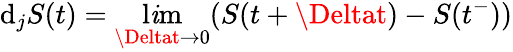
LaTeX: \mathrm{d}_{j}S(t)=\operatorname*{l\mathit{i}m}_{\Deltat\to0}(S(t+\Deltat)-S(t^{-}))